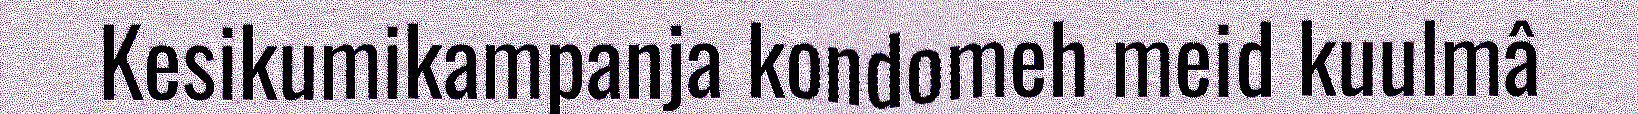
Kesikumikampanja kondomeh meid kuulmâ